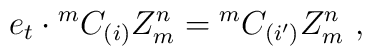
e_t\cdot{^mC_{(i)}}Z^n_m={^mC_{(i')}}Z^n_m~,